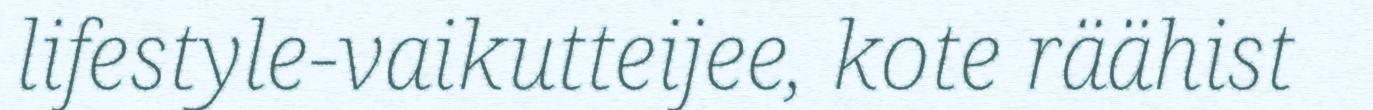
lifestyle-vaikutteijee, kote räähist